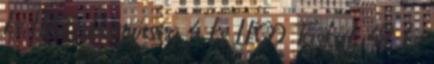
ks LEGO Partiőrség 4 ks LEGO Táskák 48 ks